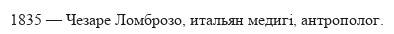
1835 — Чезаре Ломброзо, итальян медигі, антрополог.